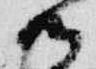
御